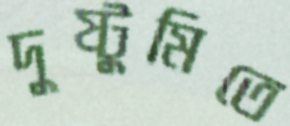
দুষ্টুমিতে